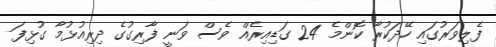
ފެލިވަރުގައި ހޭދަކުރާ ކޮންމެ 24 ގަޑިއިރެއް ވެސް ވަނީ ފާރިގުގެ ދިރިއުޅުމާ ގުޅިފަ